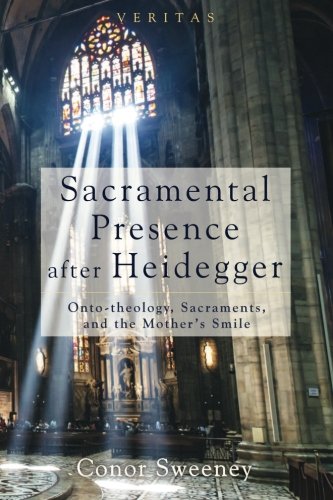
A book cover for Sacramental Presence after Heidegger: Onto-theology, Sacraments, and the Mother's Smile (Veritas); Conor Sweeney; Christian Books & Bibles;